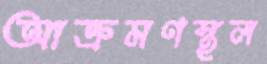
আক্রমণস্থল